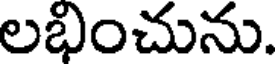
లభించును.